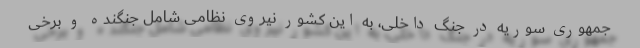
جمهوری سوریه در جنگ داخلی، به این کشور نیروی نظامی شامل جنگنده و برخی